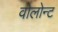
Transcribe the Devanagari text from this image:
वोलोन्ट